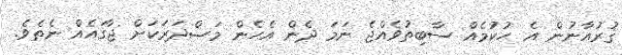
ޤުރުއާނުން އެ ޙުކުމެއް ސާބިތުވެއްޖެ ނަމަ ދެން އެހެން މަޞްދަރަކަށް ޖާގައެއް ނެތެވެ.